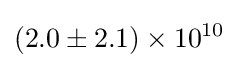
(2.0\pm 2.1)\times 10^{10}